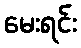
မေးရင်း